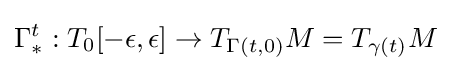
\Gamma _{*}^{t}:T_{0}[-\epsilon ,\epsilon ]\to T_{\Gamma (t,0)}M=T_{\gamma (t)}M